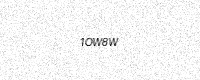
Text: 1OW8W